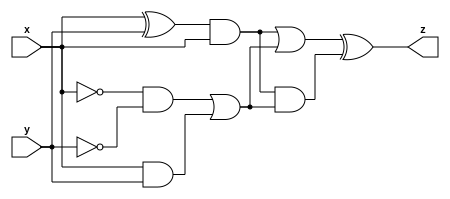
module top_module (input x, input y, output z);

    wire outA;
    wire outB;
    
    wire AorB;
    wire AandB;
    
    assign outA = (x^y) & x;
    assign outB = ((~x & ~y) || (x & y));
    
    assign AorB = outA || outB;
    assign AandB = outA & outB;
    
    assign z = (AorB ^ AandB);
        
endmodule